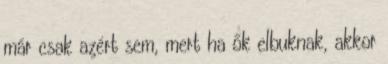
már csak azért sem, mert ha ők elbuknak, akkor